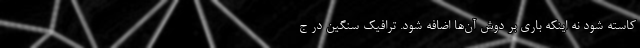
کاسته شود نه اینکه باری بر دوش آن‌ها اضافه شود. ترافيک سنگین در ج